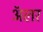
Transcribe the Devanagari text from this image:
ॲलर